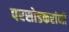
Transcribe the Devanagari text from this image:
परसोडकरांनी